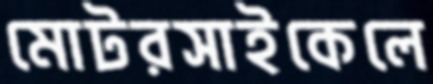
মোটরসাইকেলে